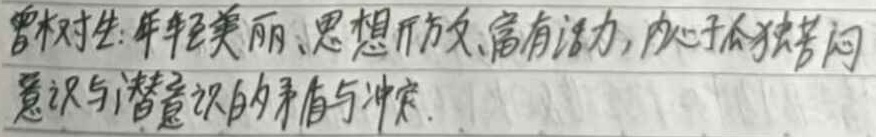
曾树生：年轻美丽、思想开放、富有活力，内心于孤独苦闷意识与潜意识的矛盾与冲突。